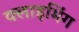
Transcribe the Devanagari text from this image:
क्लाइमिंग